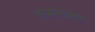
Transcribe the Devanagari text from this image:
रूमसाठी